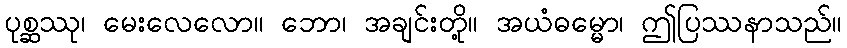
ပုစ္ဆဿု၊ မေးလေလော။ ဘော၊ အချင်းတို့။ အယံဓမ္မော၊ ဤပြဿနာသည်။